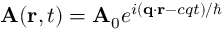
\mathbf { A } ( \mathbf { r } , t ) = \mathbf { A } _ { 0 } e ^ { i ( \mathbf { q } \cdot \mathbf { r } - c q t ) / \hbar }